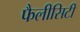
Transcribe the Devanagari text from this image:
फैलीसिटी